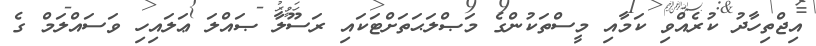
އިޖްތިހާދު ކުރެއްވި ކަމާއި މީސްތަކުންގެ މަޞްލަޙަތަށްޓަކައި ރަސޫލާ ޞައްލަ ޢަލައިހި ވަސައްލަމް ގެ